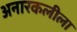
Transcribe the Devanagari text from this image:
अनारकलीला